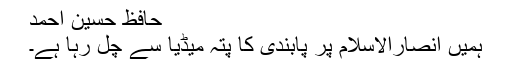
حافظ حسین احمد
ہمیں انصارالاسلام پر پابندی کا پتہ میڈیا سے چل رہا ہے۔